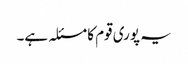
یہ پوری قوم کا مسئلہ ہے۔